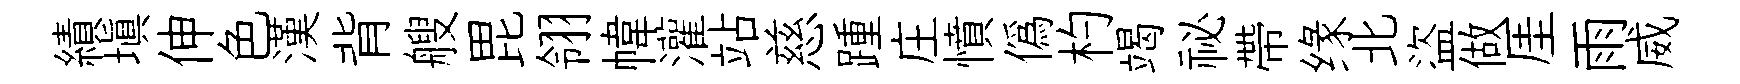
績塡伸色漢背艘毘翎幃灌站慈踵庄憤偽杓竭祕帶缘北盜做厓雨威